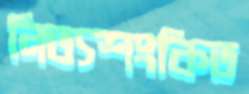
নিত্যশংকিত